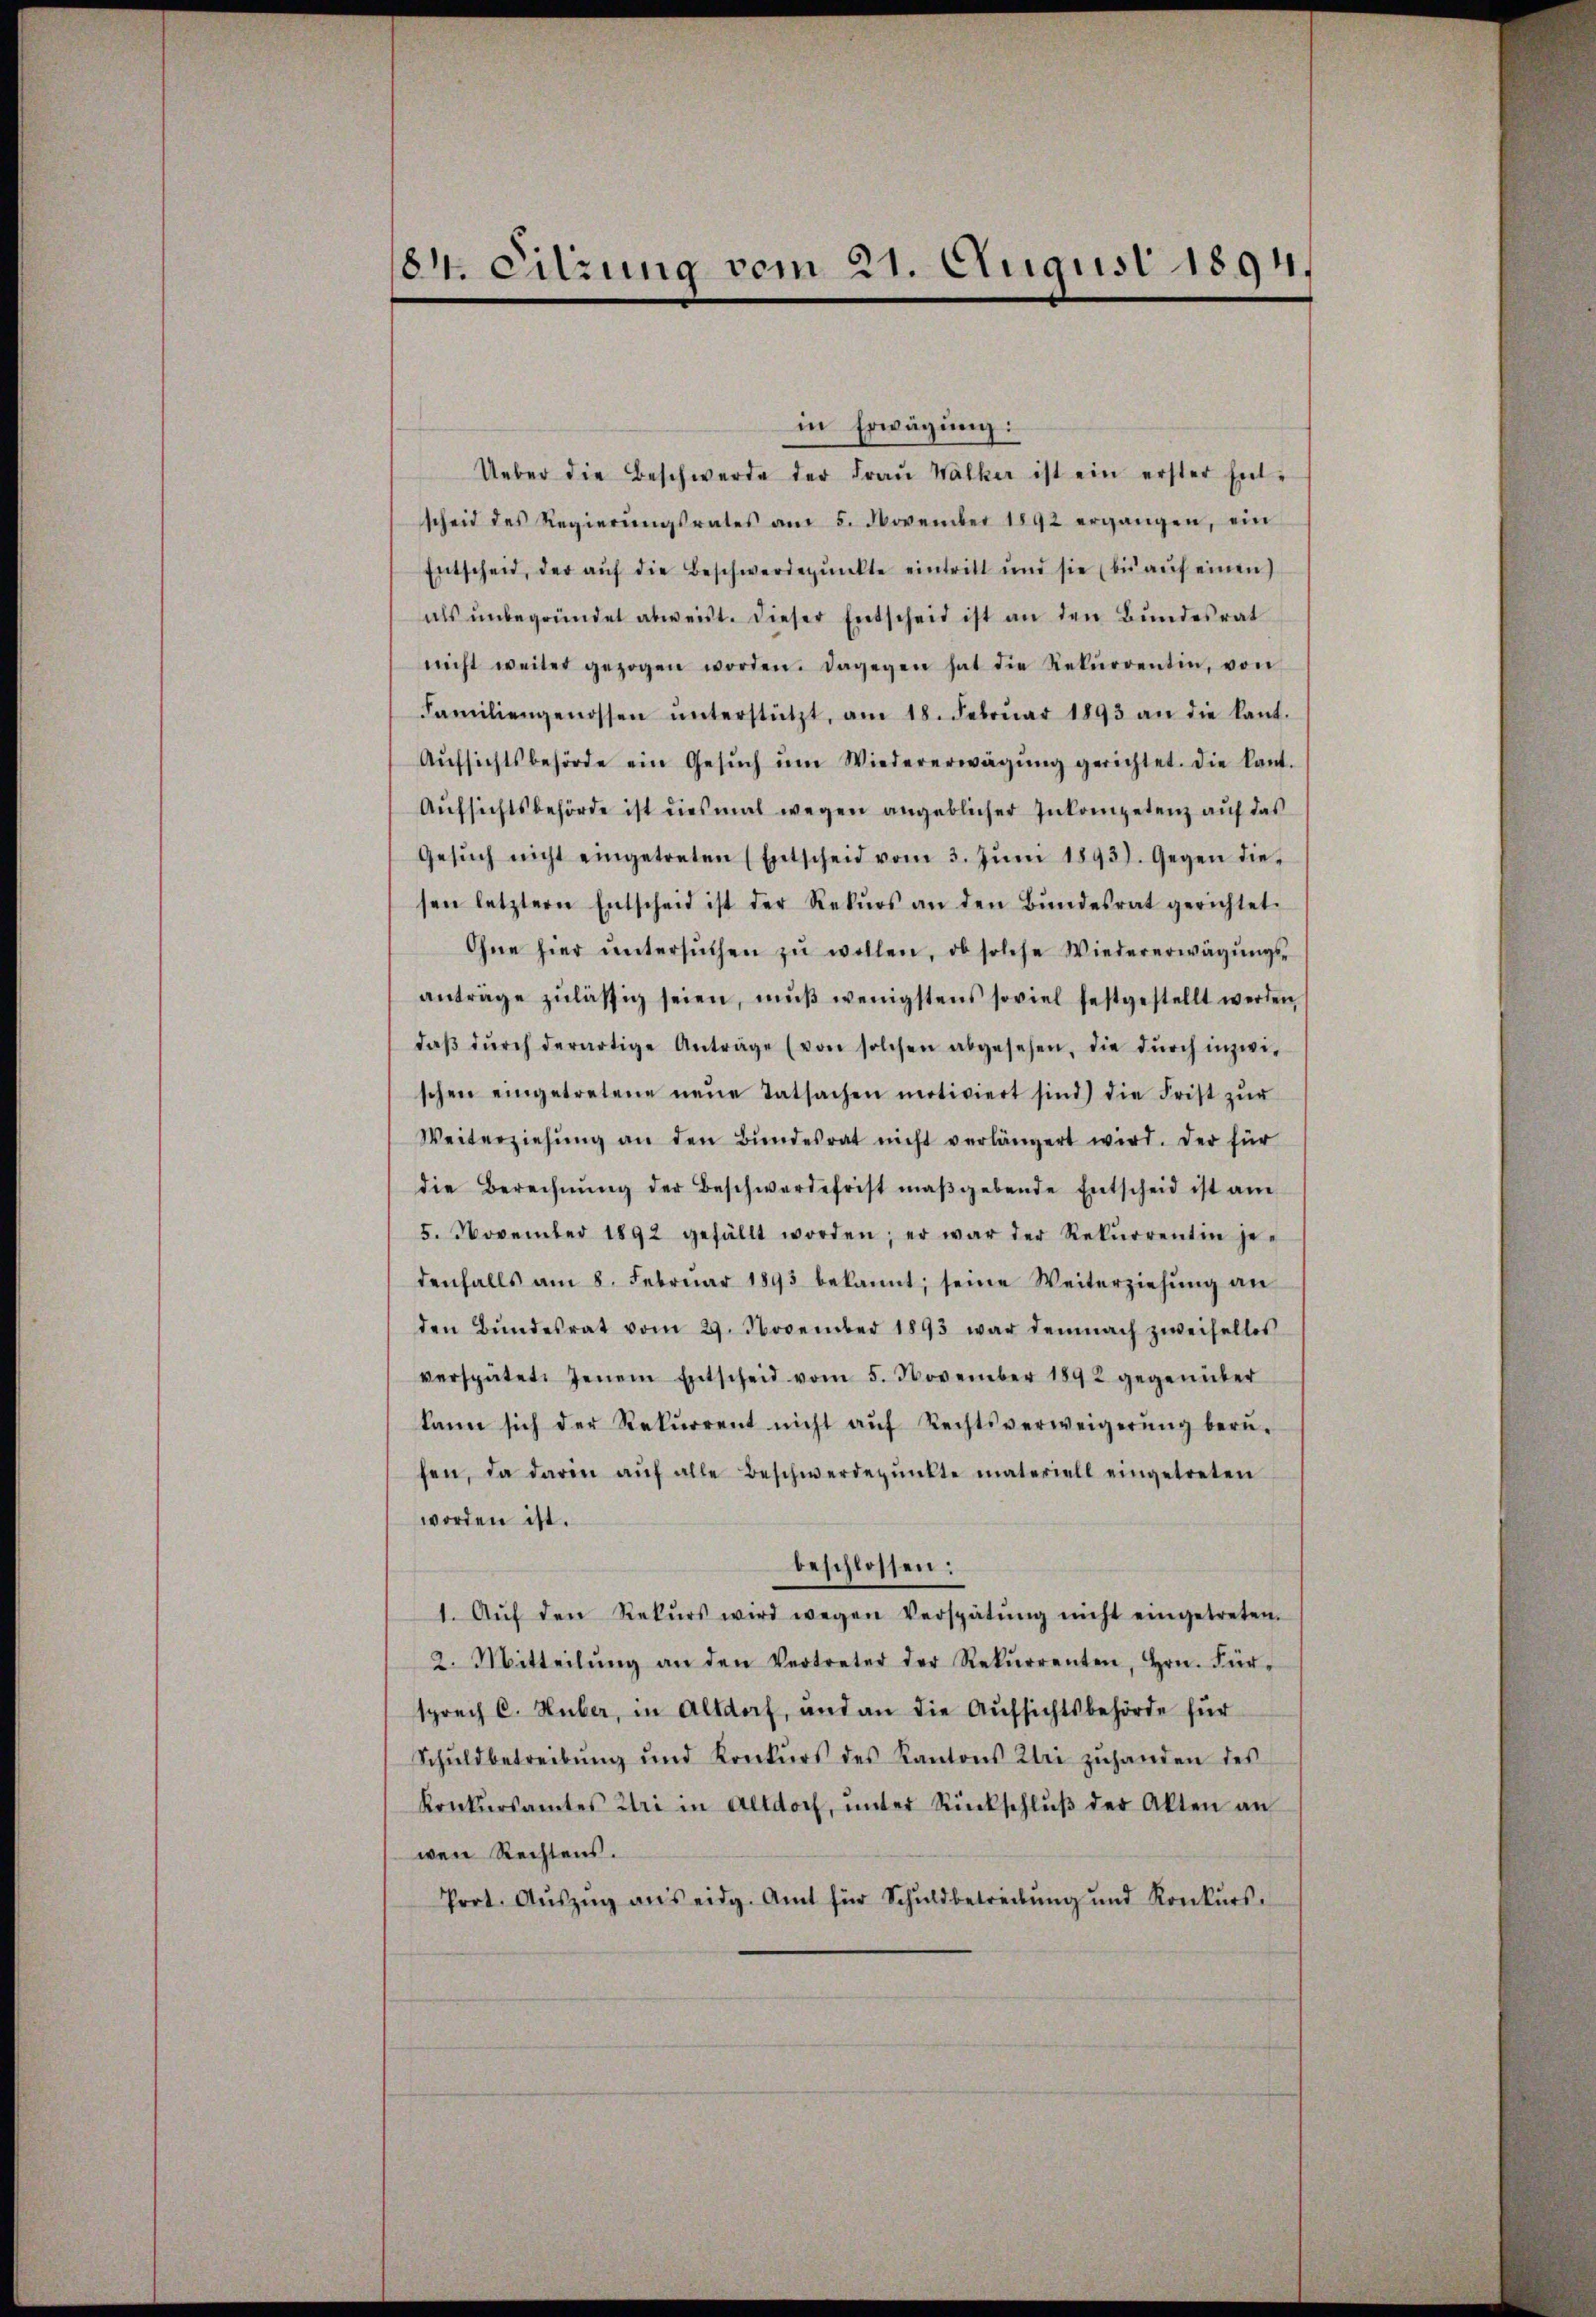
184. eitzung vom 21. August 1894.

in Erwägung:
Ueber die Beschwerde der Fraŭ Walker ist ein erster Entscheit des Regierŭngsrates am 5. November 1892 ergangen, ein
Entscheid, der aŭf die Beschwerdepŭnkte eintritt und sie (bis aŭf einen
als ŭnbegründet abweist. Dieser Entscheid ist an den Bundesrat
nicht weiter gezogen worden. Dagegen hat die Rekŭrrentin, von
Familiengenossen ŭnterstützt, am 18. Febrŭar 1893 an die kant.
Aŭfsichtsbehörde ein Gesŭch ŭm Wiedererwägŭng gerichtet. Die kant.
Aŭfsichtsbehörde ist diesmal wegen angeblicher Inkompetenz auf das
Gesŭch nicht eingetreten (Entscheid vom 3. Jŭni 1893). Gegen die-
sen letztern Entscheid ist der Rekŭrs an den Bŭndesrat gerichtet.
Ohne hier ŭntersŭchen zŭ wollen, ob solche Wiedererwägŭngs-
anträge zulässig seien, mŭβ wenigstens soviel festgestellt werden,
daβ dŭrch derartige Anträge (von solchen abgesehen, die dŭrch inzwi-
schen eingetretene neŭe Tatsachen motiviert sind) die Frist zŭr
Weiterziehŭng an den Bŭndesrat nicht verlängert wird. Der für
die Berechnŭng der Beschwerdefrist maβgebende Entscheid ist am
5. November 1892 gefällt worden; er war der Rekŭrrentin ge-
denfalls am 8. Febrŭar 1893 bekannt; seine Weiterziehŭng an
den Bŭndesrat vom 29. November 1893 war demnach zweifelles
verspätet. Jenem Entscheid vom 5. November 1892 gegenüber
kann sich der Rekurrent nicht aŭf Rechtsverweigerŭng berŭ-
fen, da darin aŭf alle Beschwerdepŭnkte materiell eingetreten
worden ist.
beschlossen:
1. Aŭf den Rekŭrs wird wegen Verspätŭng nicht eingetreten.
2. Mitteilŭng an den Vertreter der Rekŭrrenten, Hrn. Für-
sprech C. Huber, in Altdorf, und an die Aufsichtsbehörde für
Schŭldbetreibŭng ŭnd Konkŭrs des Kantons Klei zŭhanden des
Konkŭrsamtes Uri in Altdorf, ŭnter Rückschlŭβ der Akten an
wen Rechtens.
Prot. Aŭszŭg ans eidg. Amt für Schuldbetreibŭng und Konkŭrs-